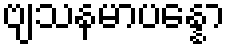
ဗျသနမာပန္နော